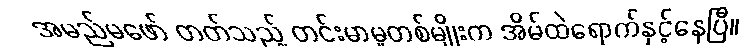
အမည်မဖော် တတ်သည့် တင်းမာမှုတစ်မျိုးက အိမ်ထဲရောက်နှင့်နေပြီ။